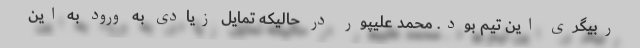
ربیگری این تیم بود. محمد علیپور در حالیکه تمایل زیادی به ورود به این